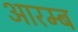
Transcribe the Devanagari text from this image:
आरम्ब